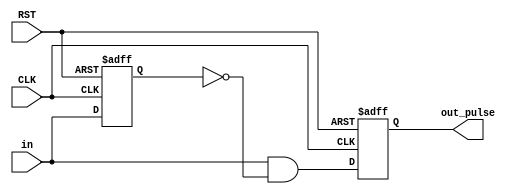
`timescale 1ns / 1ps

//////////////////////////////////////////////////////////////////////////////////
// Diploma: By Eng. Ali Mohamed Eltemsah
// Design Name: DigIC_Dip08_09_CDC
// Module Name: Pulse_GEN
// Project Name: Pulse Generator
//////////////////////////////////////////////////////////////////////////////////


module Pulse_GEN(
    input   wire    in,
    input   wire    CLK,
    input   wire    RST,
    output  wire    out_pulse
    );

reg     out_pulse_reg,  out_pulse_next;
reg     pulse_reg, pulse_next;
wire    generated_pulse;

// pulse generator
always @(posedge CLK, negedge RST)
    begin
        if (!RST)
            begin
                pulse_reg <= 0;
            end
        else
            begin
                pulse_reg <= pulse_next;
            end
    end

always @(*)
    begin
        pulse_next = in;
    end

assign generated_pulse = in && (~pulse_reg);

// register pulse
always @(posedge CLK, negedge RST)
    begin
        if (!RST)
            begin
                out_pulse_reg <= 0;
            end
        else
            begin
                out_pulse_reg <= out_pulse_next;
            end
    end

always @(*)
    begin
        out_pulse_next = generated_pulse;
    end

assign out_pulse = out_pulse_reg;

endmodule